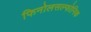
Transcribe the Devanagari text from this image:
फिनोलसल्फोनिक